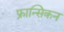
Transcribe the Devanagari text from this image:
फ्रान्सिकन